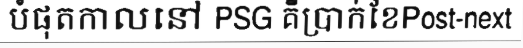
បំផុតកាលនៅ PSG គឺប្រាក់ខែPost-next